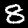
Digit: 8